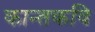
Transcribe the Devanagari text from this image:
कान्तकवि